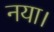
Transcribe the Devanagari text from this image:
नया।